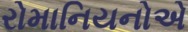
રોમાનિયનોએ